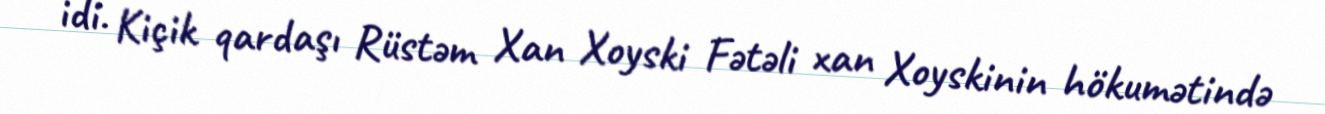
idi. Kiçik qardaşı Rüstəm Xan Xoyski Fətəli xan Xoyskinin hökumətində